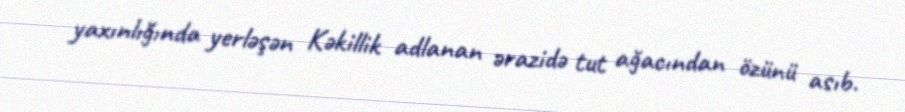
yaxınlığında yerləşən Kəkillik adlanan ərazidə tut ağacından özünü asıb.